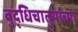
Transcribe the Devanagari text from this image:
बुद्धिचातुर्याच्या